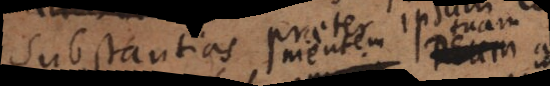
substantias praeter ipsum